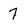
Character: 7